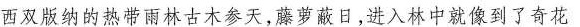
西双版纳的热带雨林古木参天，藤蔽日，进入林中就像到了奇花